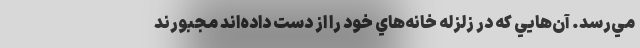
مي‌رسد. آن‌هايي كه در زلزله خانه‌هاي خود را از دست داده‌اند مجبورند